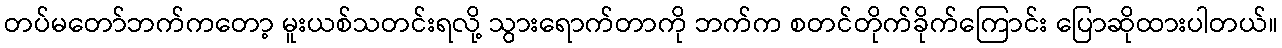
တပ်မတော်ဘက်ကတော့ မူးယစ်သတင်းရလို့ သွားရောက်တာကို ဘက်က စတင်တိုက်ခိုက်ကြောင်း ပြောဆိုထားပါတယ်။